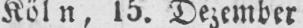
Köln, 15. Dezember